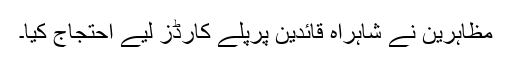
مظاہرین نے شاہراہ قائدین پرپلے کارڈز لیے احتجاج کیا۔